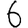
Digit: 6